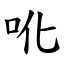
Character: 吪